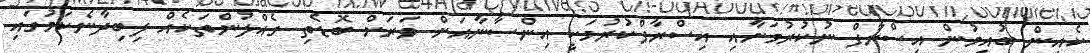
ކެއިން ބުއިމުން އިސްރާފް ނުކުރުމަށާއި އިސްރާފްކުރުމަކީ އިންސާނާއަށް ވަރަށް ބޮޑެތި ގެއްލުންތަކެއް ލިބިދާނެކަމުގައި